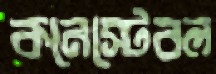
কনেস্টেবল